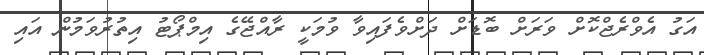
އަގު އެވްރެޖްކޮށް ވަރަށް ބޮޑަށް ދަށްވެފައިވާ ވުމަކީ ރާއްޖޭގެ އިމްޕޯޓު އިތުރުވަމުން އައި